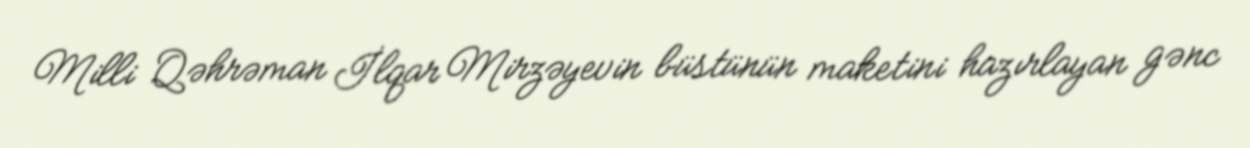
Milli Qəhrəman İlqar Mirzəyevin büstünün maketini hazırlayan gənc